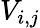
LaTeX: V_{i,j}